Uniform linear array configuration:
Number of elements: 4
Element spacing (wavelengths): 0.75
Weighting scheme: binomial
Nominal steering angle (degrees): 45
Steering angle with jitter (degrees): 44.984
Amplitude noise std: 0.05
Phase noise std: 0.05

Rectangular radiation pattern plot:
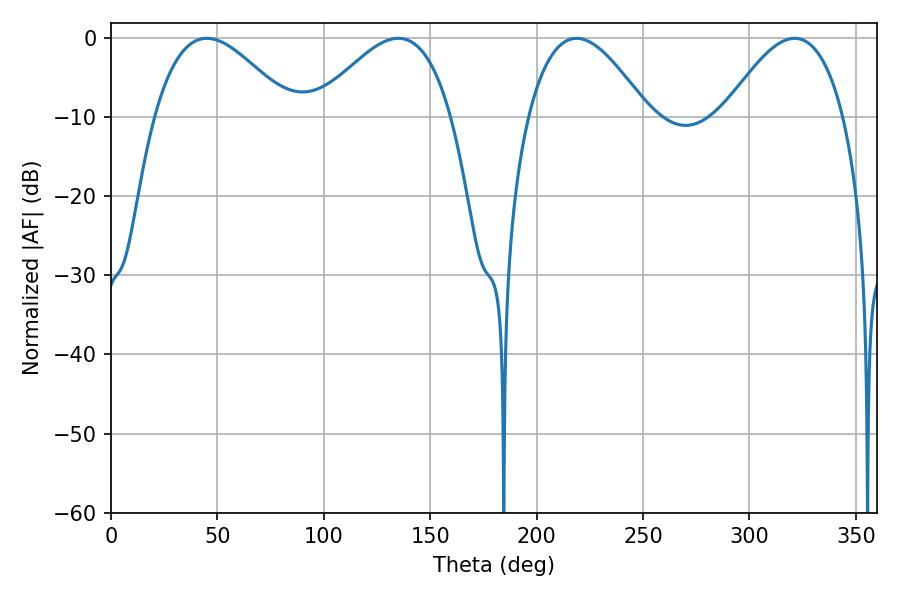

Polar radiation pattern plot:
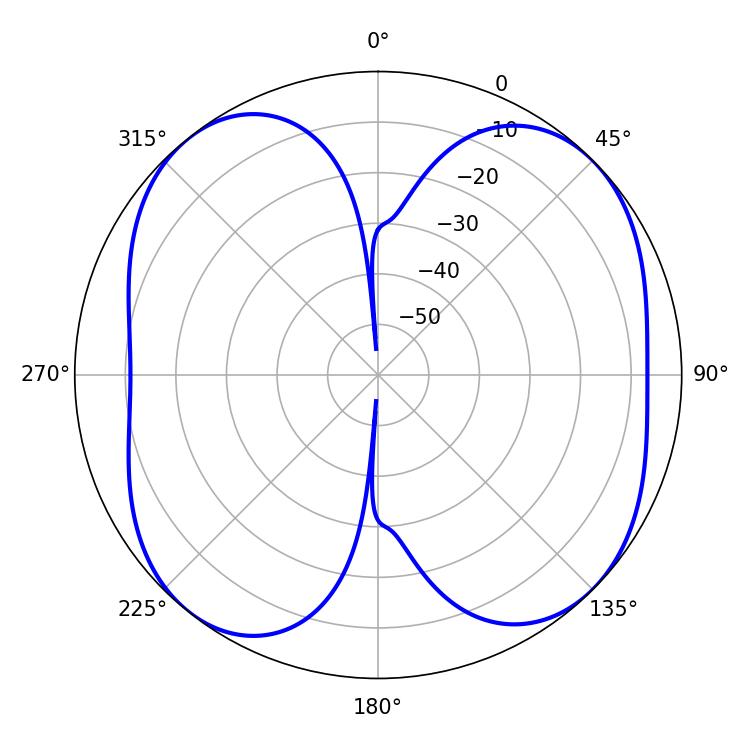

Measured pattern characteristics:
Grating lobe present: TRUE
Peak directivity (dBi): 9.856
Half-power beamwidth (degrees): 34.74
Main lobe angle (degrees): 45